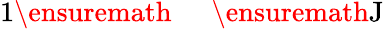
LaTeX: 1\ensuremath{\mathrm{~\textrm~{~\, ~}~}}\ensuremath{\mathrm{J}}